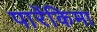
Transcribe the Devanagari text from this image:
पारेंकिमा